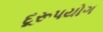
દૂરૂપયોગ